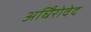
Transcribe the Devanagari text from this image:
अर्घिंरोवेद